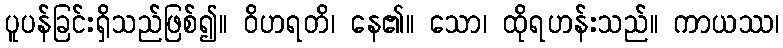
ပူပန်ခြင်းရှိသည်ဖြစ်၍။ ဝိဟရတိ၊ နေ၏။ သော၊ ထိုရဟန်းသည်။ ကာယဿ၊